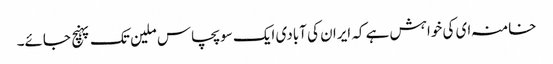
خامنہ ای کی خواہش ہے کہ ایران کی آبادی ایک سو پچاس ملین تک پہنچ جائے۔